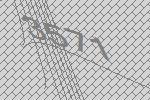
3571